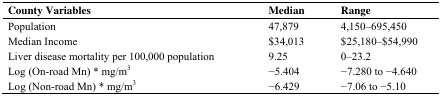
<table><thead><tr><td><b>County Variables</b></td><td><b>Median</b></td><td><b>Range</b></td></tr></thead><tbody><tr><td>Population</td><td>47,879</td><td>4,150–695,450</td></tr><tr><td>Median Income</td><td>$34,013</td><td>$25,180–$54,990</td></tr><tr><td>Liver disease mortality per 100,000 population</td><td>9.25</td><td>0–23.2</td></tr><tr><td>Log (On-road Mn) * mg/m<sup>3</sup></td><td>−5.404</td><td>−7.280 to −4.640</td></tr><tr><td>Log (Non-road Mn) * mg/m<sup>3</sup></td><td>−6.429</td><td>−7.06 to −5.10</td></tr></tbody></table>